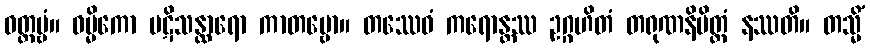
ဝတ္တဗ္ဗံ။ ဓမ္မိကော ပဋိသန္ထာရော ကာတဗ္ဗော။ တဿေဝံ ကရောန္တဿ ဥဂ္ဂဟိတံ တရုဏနိမိတ္တံ နဿတိ။ တသ္မိံ